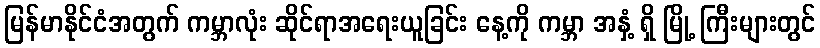
မြန်မာနိုင်ငံအတွက် ကမ္ဘာလုံး ဆိုင်ရာအရေးယူခြင်း နေ့ကို ကမ္ဘာ အနှံ့ ရှိ မြို့ ကြီးများတွင်